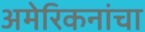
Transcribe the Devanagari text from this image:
अमेरिकनांचा